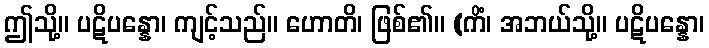
ဤသို့။ ပဋိပန္နော၊ ကျင့်သည်။ ဟောတိ၊ ဖြစ်၏။ (ကိံ၊ အဘယ်သို့။ ပဋိပန္နော၊